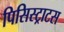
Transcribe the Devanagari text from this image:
पिसिस्ट्राटस